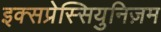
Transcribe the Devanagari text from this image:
इक्सप्रेस्सियुनिज़म